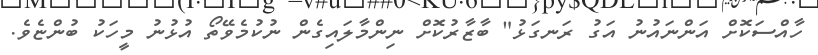
ހާއްސަކޮށް އަންނައުނު އަގު ރަނގަޅު" ބާޒާރުކޮށް ނިންމާލައިގެން ނުކުމެވޭތޯ އުޅުނު މީހަކު ބުންޏެވެ.